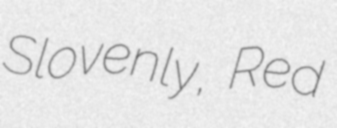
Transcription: Slovenly, Red